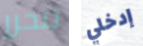
تتحرر إدخلي